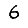
Digit: 6